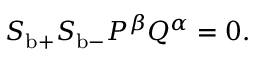
\begin{array} { r } { S _ { \mathrm { b } + } S _ { \mathrm { b } - } P ^ { \beta } Q ^ { \alpha } = 0 . } \end{array}